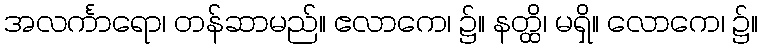
အလင်္ကာရော၊ တန်ဆာမည်။ ဧလာကေ၊ ၌။ နတ္ထိ၊ မရှိ။ လောကေ၊ ၌။